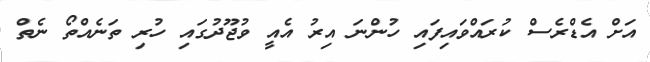
އަށް އެޑްރެސް ކުރައްވައިފައި ހުންނަ އިރު އެއީ ވުޖޫދުގައި ހުރި ތަނެއްތޯ ނެތް